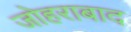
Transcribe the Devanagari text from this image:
जोहराबाद